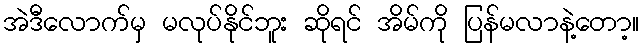
အဲဒီလောက်မှ မလုပ်နိုင်ဘူး ဆိုရင် အိမ်ကို ပြန်မလာနဲ့တော့။